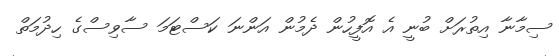
ސިމާނާ އިތުރަށް ބުނީ އެ އޮފީހުން ދެމުން އަންނަ ކަސްޓަމަ ސާވިސްގެ ހިދުމަތް